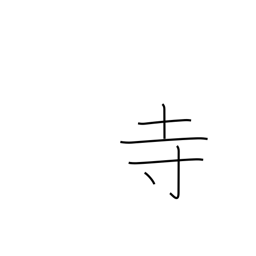
Meaning: Buddhist temple